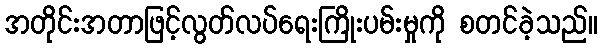
အတိုင်းအတာဖြင့်လွတ်လပ်ရေးကြိုးပမ်းမှုကို စတင်ခဲ့သည်။